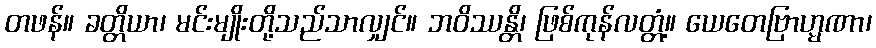
တဖန်။ ခတ္တိယာ၊ မင်းမျိုးတို့သည်သာလျှင်။ ဘဝိဿန္တိ၊ ဖြစ်ကုန်လတ္တံ့။ ယေတေဗြာဟ္မဏာ၊